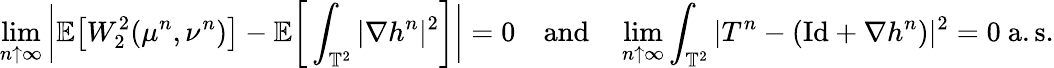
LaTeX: \operatorname*{lim}_{n\uparrow\infty}\bigg\vert\mathbb{E}\big[W_{2}^{2}(\mu^{n},\nu^{n})\big]-\mathbb{E}\bigg[\int_{\mathbb{T}^{2}}|\nabla h^{n}|^{2}\bigg]\bigg\vert=0\quad\mathrm{and}\quad\operatorname*{lim}_{n\uparrow\infty}\int_{\mathbb{T}^{2}}\vert T^{n}-(\mathrm{Id}+\nabla h^{n})\vert^{2}=0\mathrm{~a.s.}